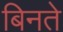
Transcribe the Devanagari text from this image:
बिनते